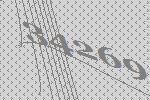
34269